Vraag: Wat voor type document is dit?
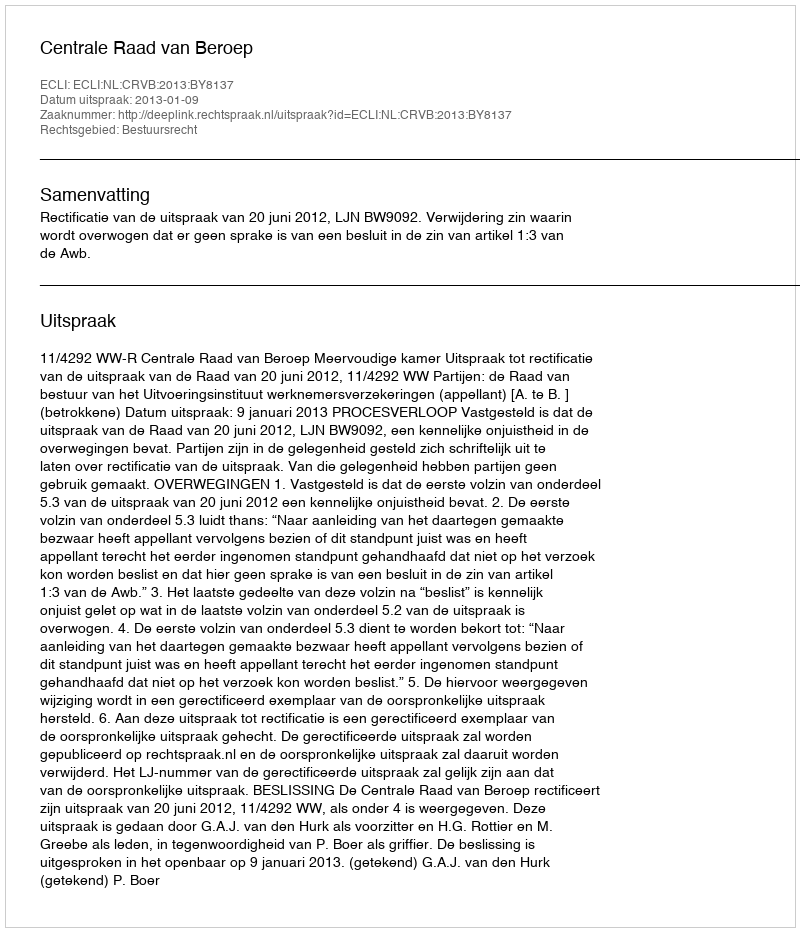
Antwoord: Uitspraak